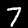
Label: 7